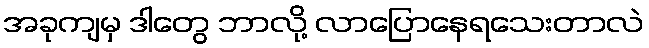
အခုကျမှ ဒါတွေ ဘာလို့ လာပြောနေရသေးတာလဲ